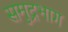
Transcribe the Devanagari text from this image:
समुद्रभाग